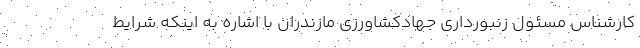
کارشناس مسئول زنبورداری جهادکشاورزی مازندران با اشاره به اینکه شرایط